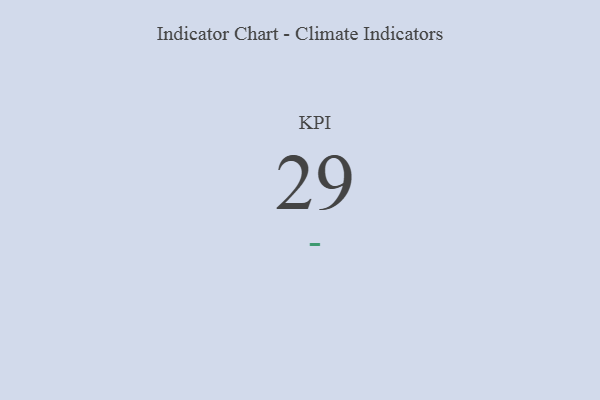
{"axis": {"x": "KPI", "y": "Value"}, "legend": [""], "data": [{"x": "KPI", "y": 29, "type": ""}]}